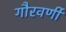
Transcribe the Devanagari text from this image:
गौरवर्णी